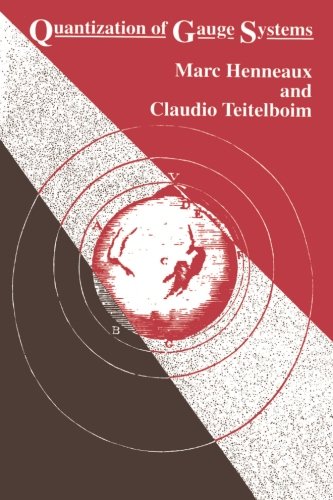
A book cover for Quantization of Gauge Systems; Marc Henneaux; Science & Math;